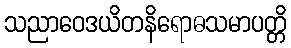
သညာဝေဒယိတနိရောဓသမာပတ္တိ